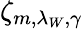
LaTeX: \zeta_{m,\lambda_{W},\gamma}